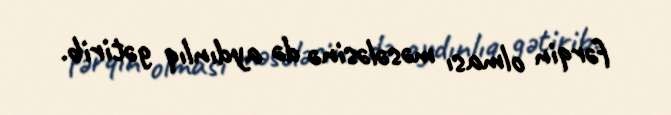
fərqin olması məsələsinə də aydınlıq gətirib.